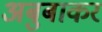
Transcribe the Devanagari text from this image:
अबुबाकर